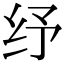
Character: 纾